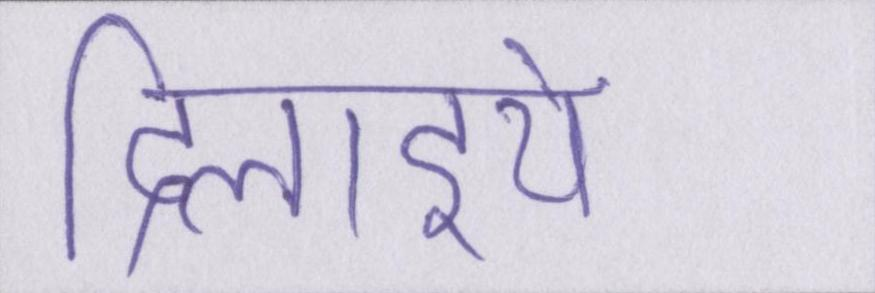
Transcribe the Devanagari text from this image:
दिलाइये